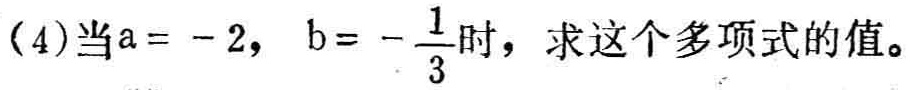
(4)当\(a = - 2\)，\(b = - \frac{1}{3}\)时，求这个多项式的值。